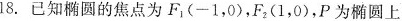
18.已知椭圆的焦点为F_{1}(-1，0)，F_{2}(1，0)，P为椭圆上